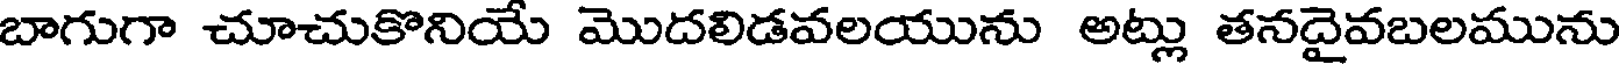
బాగుగా చూచుకొనియే మొదలిడవలయును అట్లు తనదైవబలమును